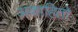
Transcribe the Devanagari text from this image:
अकाहितो